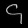
Digit: ၄